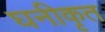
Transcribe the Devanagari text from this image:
घनीकृत